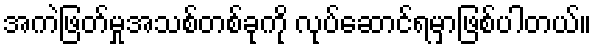
အကဲဖြတ်မှုအသစ်တစ်ခုကို လုပ်ဆောင်ရမှာဖြစ်ပါတယ်။